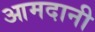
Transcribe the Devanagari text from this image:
आमदानी